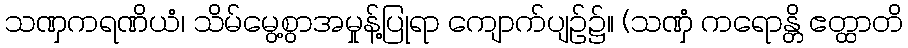
သဏှကရဏိယံ၊ သိမ်မွေ့စွာအမှုန့်ပြုရာ ကျောက်ပျဉ်၌။ (သဏှံ ကရောန္တိ ဧတ္ထာတိ